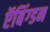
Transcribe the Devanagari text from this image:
ऍबिंग्डन